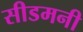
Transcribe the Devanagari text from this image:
सीडमनी